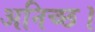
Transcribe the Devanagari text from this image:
अनिच्छ।